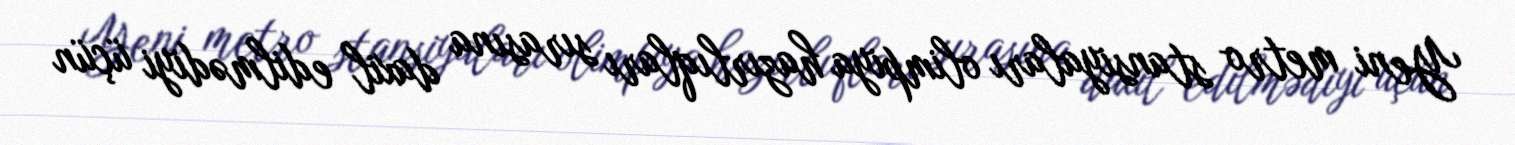
Yeni metro stansiyaları olimpiya hazırlıqları sırasına daxil edilmədiyi üçün